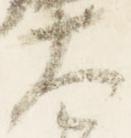
大